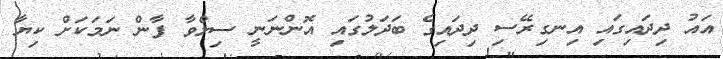
އައު ދިދައިގައި އިނގިރޭސި ދިދައިގެ ބަދަލުގައި އޮންނަނީ ސިލްވާ ފާން ނަމަކަށް ކިޔާ